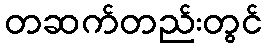
တဆက်တည်းတွင်